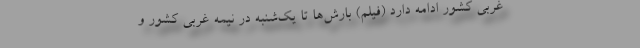
غربی کشور ادامه دارد (فیلم) بارش‌ها تا یک‌شنبه در نیمه غربی کشور و